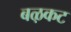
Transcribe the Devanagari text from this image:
बऴकट